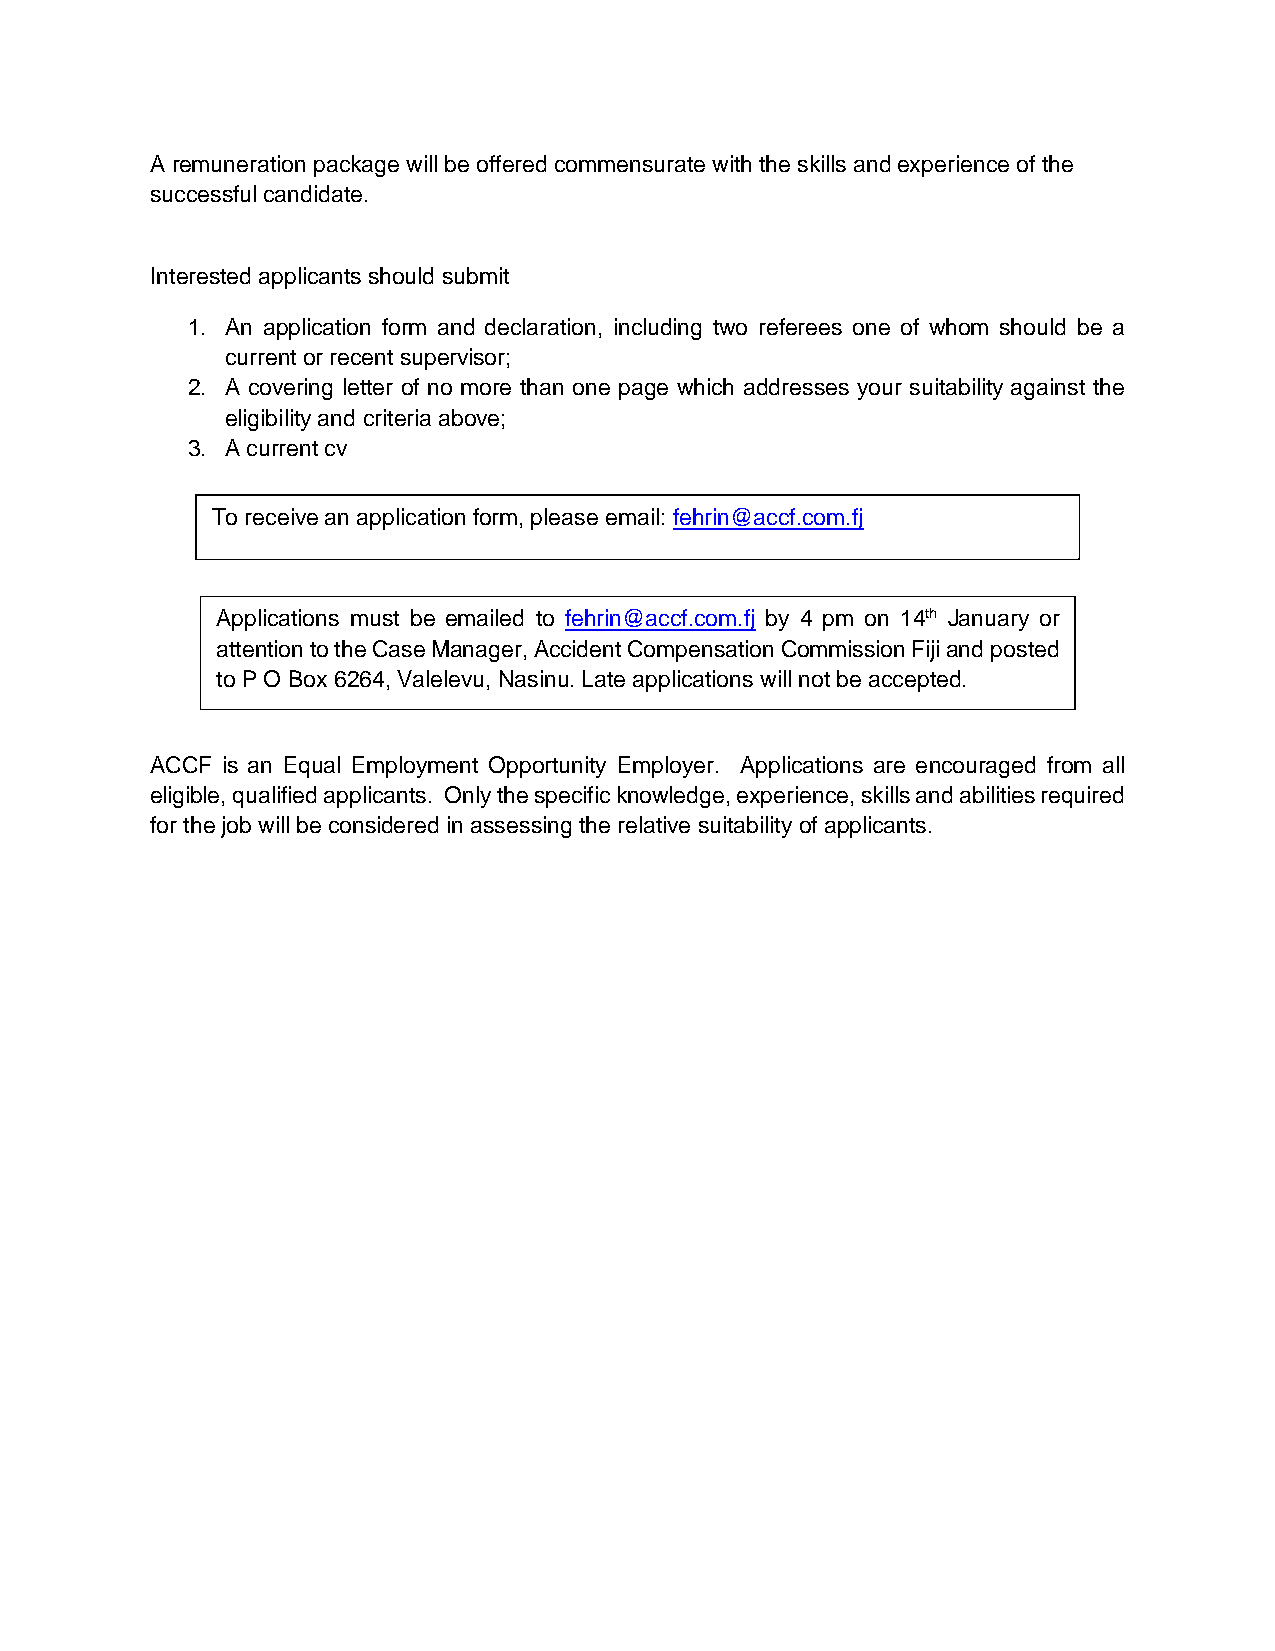
A remuneration package will be offered commensurate with the skills and experience of the
 successful candidate.
 Interested applicants should submit
 1. An application form and declaration, including two referees one of whom should be a
 current or recent supervisor;
 2. A covering letter of no more than one page which addresses your suitability against the
 eligibility and criteria above;
 3. A current cv
 To receive an application form, please email: fehrin@accf.com.fj
 Applications must be emailed to fehrin@accf.com.fj by 4 pm on 14th January or
 attention to the Case Manager, Accident Compensation Commission Fiji and posted
 to P O Box 6264, Valelevu, Nasinu. Late applications will not be accepted.
 ACCF is an Equal Employment Opportunity Employer. Applications are encouraged from all
 eligible, qualified applicants. Only the specific knowledge, experience, skills and abilities required
 for the job will be considered in assessing the relative suitability of applicants.